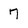
Character: 7